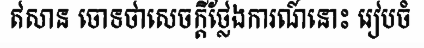
ឥសាន ចោទថាសេចក្តីថ្លែងការណ៍នោះ រៀបចំ